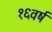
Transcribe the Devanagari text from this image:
१६वर्ष